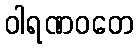
ဝါရဏဝတေ